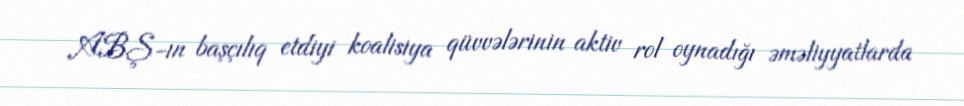
ABŞ-ın başçılıq etdiyi koalisiya qüvvələrinin aktiv rol oynadığı əməliyyatlarda